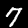
Label: 7